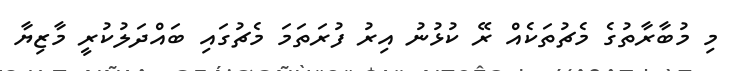
މި މުބާރާތުގެ މެޗުތަކެއް ރޭ ކުޅުނު އިރު ފުރަތަމަ މެޗުގައި ބައްދަލުކުރީ މާޒިޔާ